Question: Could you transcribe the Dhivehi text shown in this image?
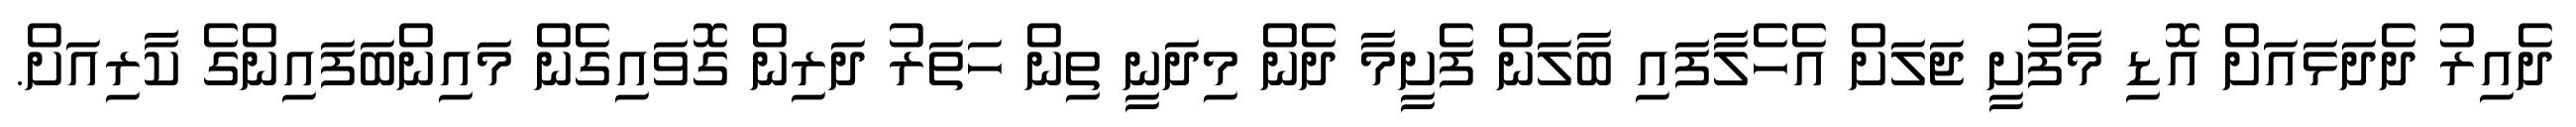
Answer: ދެއިރު ދެދަޅައަށް އޮޑި މާފުށީ ޖަލަށް އެހެލާފައި ބާލަން ފެށީމާ ދެން މިދަނީ ތިން ހަތަރު ދަރިން ގޮވައިގެން މައިންބަފައިންގެ ކާރިއަށް.